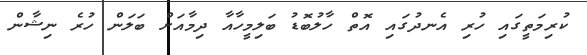
ކުރިމަތީގައި ހުރި އެނދުގައި އޮތް ހާލުބޮޑު ބަލިމީހާއާ ދިމާއަށް ބަލަން ހުރެ ނިޝާން